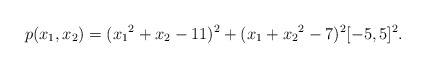
\begin{align*}p(x_1,x_2)=({x_1}^2+x_2-11)^2+(x_1+{x_2}^2-7)^2 [-5,5]^2.\end{align*}